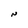
Character: N